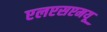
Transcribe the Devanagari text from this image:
एलएसएमयू